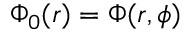
\Phi _ { 0 } ( r ) = \Phi ( r , \phi )